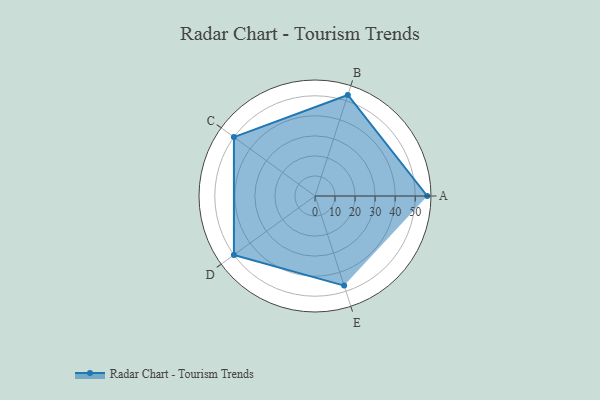
{"axis": {"x": "Skill", "y": "Score"}, "legend": ["Profile"], "data": [{"x": "A", "y": 56.0, "type": "Profile"}, {"x": "B", "y": 53.0, "type": "Profile"}, {"x": "C", "y": 50.0, "type": "Profile"}, {"x": "D", "y": 50.0, "type": "Profile"}, {"x": "E", "y": 47.0, "type": "Profile"}]}